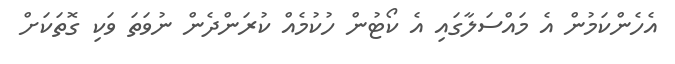
އެހެންކަމުން އެ މައްސަލާގައި އެ ކޯޓުން ހުކުމެއް ކުރަންދެން ނުވަތަ ވަކި ގޮތަކަށް